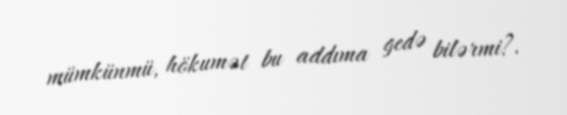
mümkünmü, hökumət bu addıma gedə bilərmi?.